Leaving Certificate Examination, 1912
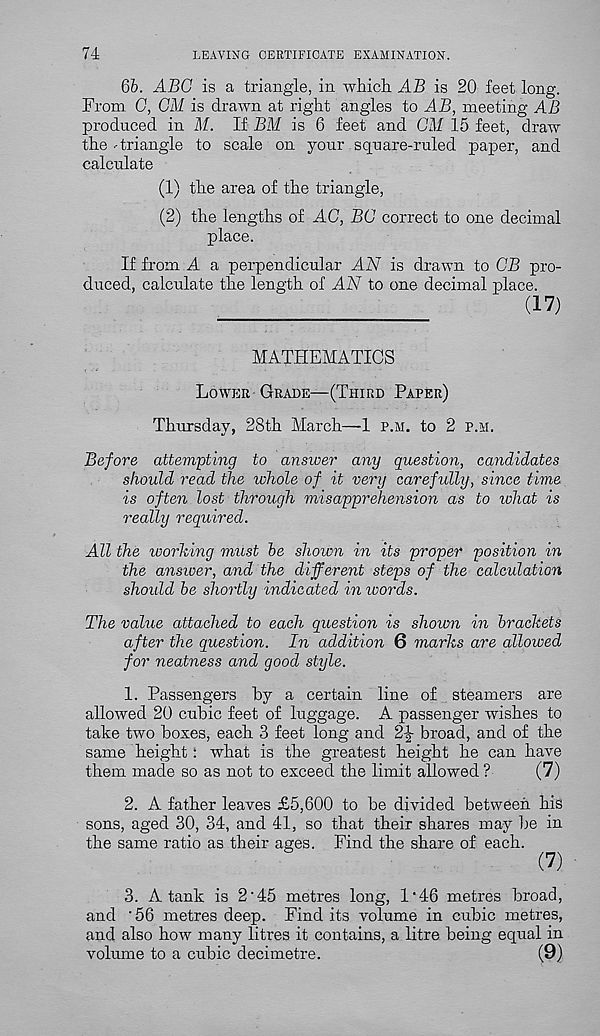
74
LEAVING CERTIFICATE EXAMINATION.
66. ABC is a triangle, in which. AB is 20 feet long.
From 0, CM is drawn at right angles to AB, meeting AB
produced in M. If BM is 6 feet and CM 15 feet, draw
the - triangle to scale on your square-ruled paper, and
calculate
(1) the area of the triangle,
(2) the lengths of AC, BC correct to one decimal
place.
If from A a perpendicular AN is drawn to CB pro-
duced, calculate the length of AN to one decimal place.
(17)
MATHEMATICS
Lower Grade—(Third Paper)
Thursday, 28th March—-1 p.m. to 2 p.m.
Before attempting to answer any question, candidates
should read the whole of it very carefully, since time
is often lost through misapprehension as to what is
really required.
All the working must be shown in its proper position in
the answer, and the different steps of the calculation
should be shortly indicated in ivords.
The value attached to each question is shoion in brackets
after the question. In addition 6 marks are allowed
for neatness and good style.
1. Passengers by a certain line of steamers are
allowed 20 cubic feet of luggage. A passenger wishes to
take two boxes, each 3 feet long and 2|- broad, and of the
same height: what is the greatest height he can have
them made so as not to exceed the limit allowed ?
(7)
2. A father leaves £5,600 to be divided between his
sons, aged 30, 34, and 41, so that their shares may be in
the same ratio as their ages. Find the share of each.
(7)
3. A tank is 2'45 metres long, l 1 46 metres broad,
and '56 metres deep. Find its volume in cubic metres,
and also how many litres it contains, a litre being equal in
volume to a cubic decimetre.
(9)